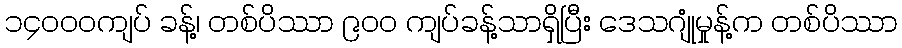
၁၄၀၀၀ကျပ် ခန့်၊ တစ်ပိဿာ ၉၀၀ ကျပ်ခန့်သာရှိပြီး ဒေသဂျုံမှုန့်က တစ်ပိဿာ